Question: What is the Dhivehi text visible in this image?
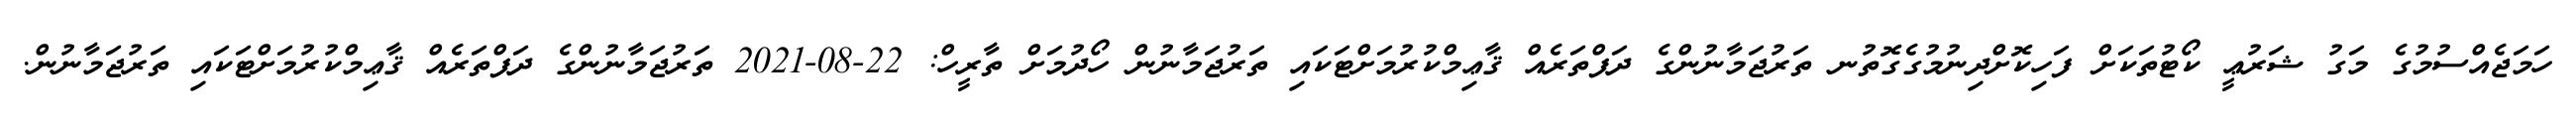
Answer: ހަމަޖެއްސުމުގެ މަގު ޝަރުޢީ ކޯޓުތަކަށް ފަހިކޮށްދިނުމުގެގޮތުނ ތަރުޖަމާނުންގެ ދަފްތަރެއް ޤާޢިމްކުރުމަށްޓަކައި ތަރުޖަމާނުން ހޯދުމަށް ތާރީހް: 22-08-2021 ތަރުޖަމާނުންގެ ދަފްތަރެއް ޤާޢިމްކުރުމަށްޓަކައި ތަރުޖަމާނުން.